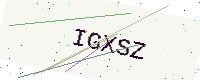
Text: IGXSZ